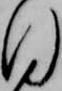
同